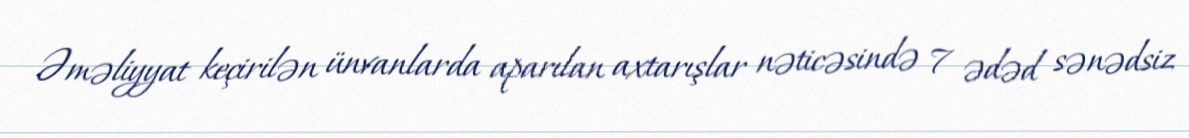
Əməliyyat keçirilən ünvanlarda aparılan axtarışlar nəticəsində 7 ədəd sənədsiz